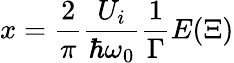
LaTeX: x=\frac{2}{\pi}\frac{U_{i}}{\hbar\omega_{0}}\frac{1}{\Gamma}E(\Xi)